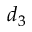
d _ { 3 }